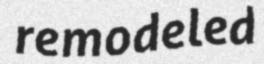
remodeled